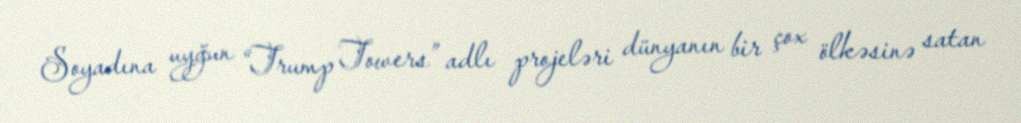
Soyadına uyğun “Trump Towers” adlı projeləri dünyanın bir çox ölkəsinə satan